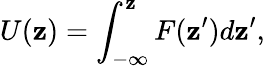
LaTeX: U(\mathbf{z})=\int_{-\infty}^{\mathbf{z}}F(\mathbf{z}^{\prime})d\mathbf{z}^{\prime},